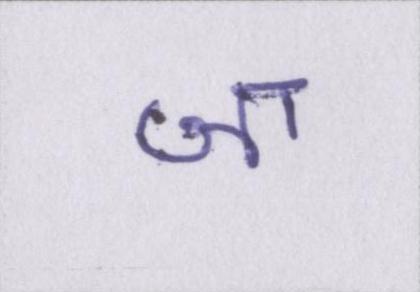
जा